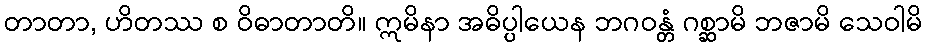
တာတာ, ဟိတဿ စ ဝိဓာတာတိ။ ဣမိနာ အဓိပ္ပါယေန ဘဂဝန္တံ ဂစ္ဆာမိ ဘဇာမိ သေဝါမိ